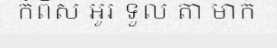
កំពិស អូរ ទួល តា មាក់